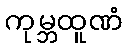
ကုမ္ဘထူဏံ